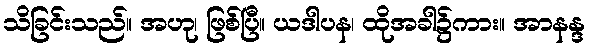
သိခြင်းသည်။ အဟု၊ ဖြစ်ပြီ။ ယဒါပန၊ ထိုအခါ၌ကား။ အာနန္ဒ